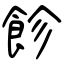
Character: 飻